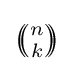
\textstyle \left(\!\!{n \choose k}\!\!\right)